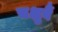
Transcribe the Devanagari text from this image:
चक्षुर्वै